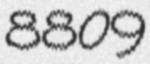
8809